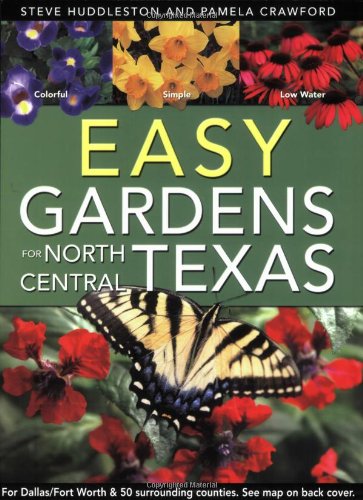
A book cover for Easy Gardens for North Central Texas; Steve Huddleston; Crafts, Hobbies & Home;